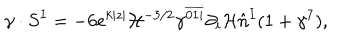
LaTeX: \gamma \cdot S ^ { I } = - 6 e ^ { k | z | } { \cal H } ^ { - 3 / 2 } \gamma ^ { \overline { { { 0 1 i } } } } \partial _ { i } { \cal H } \hat { n } ^ { I } ( 1 + \gamma ^ { 7 } ) ,